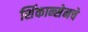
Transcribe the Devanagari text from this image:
शिंकान्सेनचे